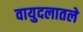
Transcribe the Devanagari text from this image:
वायुदलातले